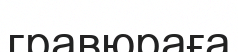
гравюраға